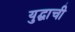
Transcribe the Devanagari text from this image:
युद्घाची